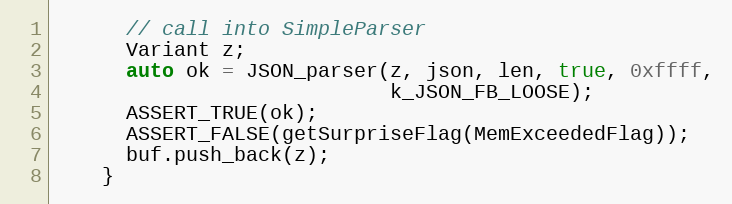
Language: C++
      // call into SimpleParser
      Variant z;
      auto ok = JSON_parser(z, json, len, true, 0xffff,
                            k_JSON_FB_LOOSE);
      ASSERT_TRUE(ok);
      ASSERT_FALSE(getSurpriseFlag(MemExceededFlag));
      buf.push_back(z);
    }